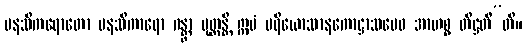
မနသိကရောတော မနသိကာရော ဂန္တွာ မုတ္တန္တိ ဣမံ ပရိယောသာနကောဋ္ဌာသမေဝ အာဟစ္စ တိဋ္ဌတီ”တိ။